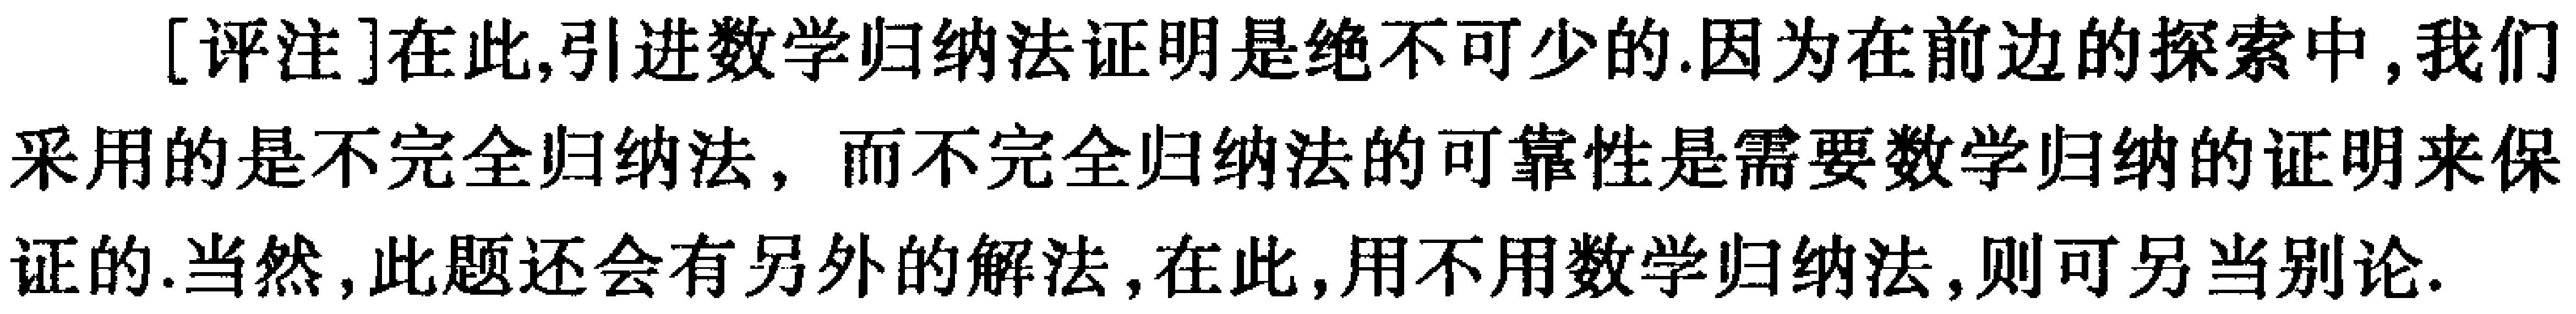
[评注]在此,引进数学归纳法证明是绝不可少的.因为在前边的探索中,我们采用的是不完全归纳法，而不完全归纳法的可靠性是需要数学归纳的证明来保证的.当然,此题还会有另外的解法，在此,用不用数学归纳法,则可另当别论.